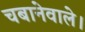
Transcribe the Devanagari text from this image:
चबानेवाले।